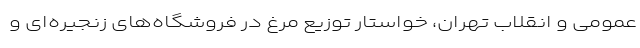
عمومی و انقلاب تهران، خواستار توزیع مرغ در فروشگاه‌های زنجیره‌ای و